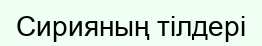
Сирияның тілдері